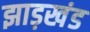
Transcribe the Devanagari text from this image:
झाड़खंड